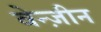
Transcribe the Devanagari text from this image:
वेन्ज़ीन